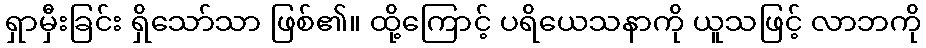
ရှာမှီးခြင်း ရှိသော်သာ ဖြစ်၏။ ထို့ကြောင့် ပရိယေသနာကို ယူသဖြင့် လာဘကို